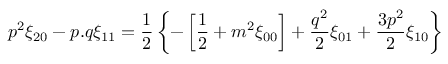
p ^ { 2 } \xi _ { 2 0 } - p . q \xi _ { 1 1 } = { \frac { 1 } { 2 } } \left\{ - \left[ { \frac { 1 } { 2 } } + m ^ { 2 } \xi _ { 0 0 } \right] + { \frac { q ^ { 2 } } { 2 } } \xi _ { 0 1 } + { \frac { 3 p ^ { 2 } } { 2 } } \xi _ { 1 0 } \right\}